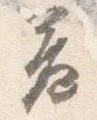
簾